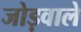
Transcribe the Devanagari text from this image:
जोड़वाले